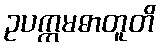
ဥပက္ကမဓာတူတိ